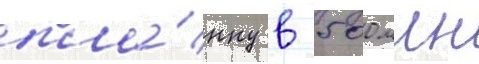
пла́нку в 500 млн